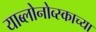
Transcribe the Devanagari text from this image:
याब्लोनोव्स्काच्या